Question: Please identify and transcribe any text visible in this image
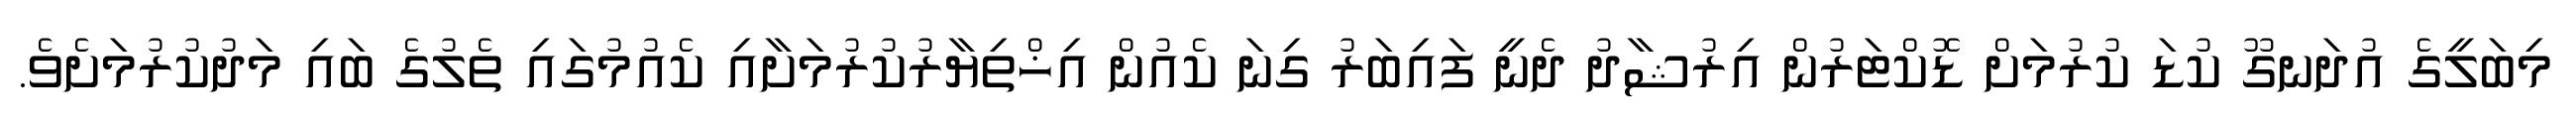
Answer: މިބަލީގެ އުދަނގޫ ކުޑަ ކުރުމަށް ޑޮކްޓަރުން އިރުޝާދު ދެނީ ފައިބަރު ގިނަ ކެއުން އިޚްތިޔާރުކުރުމަށާއި ކެއުމުގައި ތެލުގެ ބައި މަދުކުރުމަށެވެ.